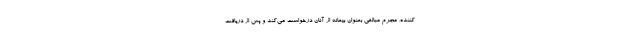
کننده، مجرم مبالغی بعنوان بیعانه از آنان درخواست می‌کند و پس از دریافت